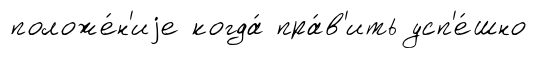
положе́н'иjе когда́ пра́в'ить усп'е́шно